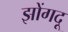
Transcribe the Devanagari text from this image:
झोंगदू